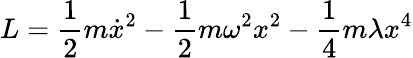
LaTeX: L=\frac 12m\dot{x}^{2}-\frac 12m{\omega}^{2}x^{2}-\frac 14m\lambda x^{4}